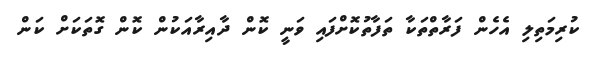
ކުރިމަތިލި އެހެން ފަރާތްތަކާ ތަފާތުކޮށްފައި ވަނީ ކޮން ދާއިރާއަކުން ކޮން ގޮތަކަށް ކަން